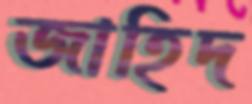
জাহিদ